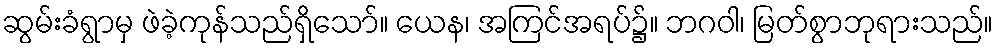
ဆွမ်းခံရွာမှ ဖဲခဲ့ကုန်သည်ရှိသော်။ ယေန၊ အကြင်အရပ်၌။ ဘဂဝါ၊ မြတ်စွာဘုရားသည်။